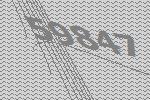
59847